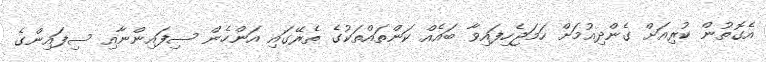
އެެގޮތުން ކުރިއަށް ގެންދިއުމަށް ހަމަޖެހިފައިވާ ބައެއް ކަންތައްތަކުގެ ތެރޭގައި އަންހެން ސިފައިންނާއި ސިފައިންގެ